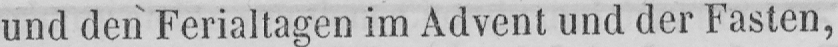
und den Ferialtagen im Advent und der Fasten,